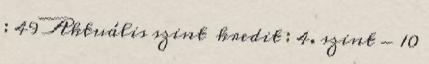
: 49 Aktuális szint kredit : 4. szint - 10